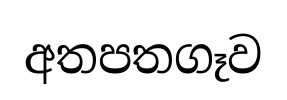
අතපතගෑව